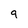
Character: 9